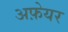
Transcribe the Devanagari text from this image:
अफ़ेयर